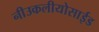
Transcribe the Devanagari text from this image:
नीउकलीयोसाईड